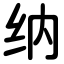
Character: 纳